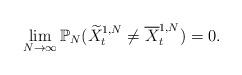
LaTeX: \begin{align*}\lim_{N \to \infty}\mathbb{P}_N (\widetilde{X}^{1,N}_t \neq \overline{X}^{1,N}_t) =0.\end{align*}